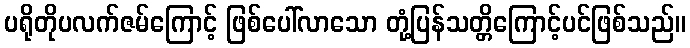
ပရိုတိုပလက်ဇမ်ကြောင့် ဖြစ်ပေါ်လာသော တုံ့ပြန်သတ္တိကြောင့်ပင်ဖြစ်သည်။